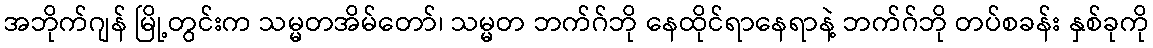
အဘိုက်ဂျန် မြို့တွင်းက သမ္မတအိမ်တော်၊ သမ္မတ ဘက်ဂ်ဘို နေထိုင်ရာနေရာနဲ့ ဘက်ဂ်ဘို တပ်စခန်း နှစ်ခုကို